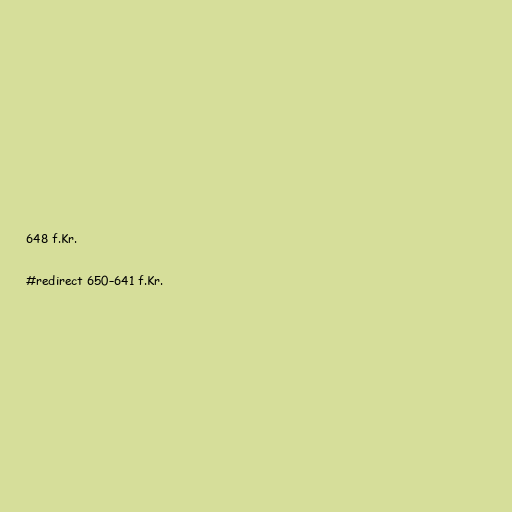
648 f.Kr.

#redirect 650–641 f.Kr.